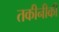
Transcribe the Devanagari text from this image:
तकीनीकी